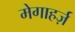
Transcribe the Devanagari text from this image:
मेगाहर्ज़